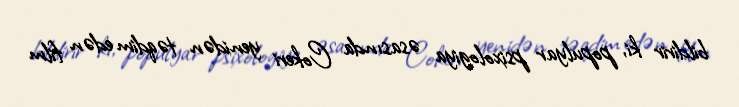
bildirir ki, populyar psixologiya əsasında Cokeri yenidən təqdim edən film